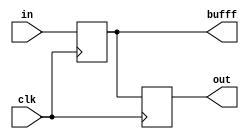
`timescale 1ns / 1ps
//////////////////////////////////////////////////////////////////////////////////
// Company: 
// Engineer: 
// 
// Design Name: 
// Module Name:    block 
// Project Name: 
// Target Devices: 
// Tool versions: 
// Description: 
//
// Dependencies: 
//
// Revision: 
// Revision 0.01 - File Created
// Additional Comments: 
//
//////////////////////////////////////////////////////////////////////////////////
module block(
    input clk,
    input in,
    output reg out,
	 output bufff
    );
	 reg buff = 0;
	 assign bufff = buff;
	 always @(posedge clk) begin
		buff <= in;
		out <= buff;
	 end

endmodule